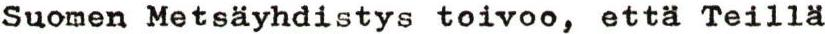
Suomen Metsäyhdistys toivoo, että Teillä